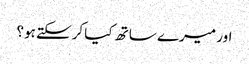
اور میرے ساتھ کیا کرسکتے ہو؟